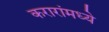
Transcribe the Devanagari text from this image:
करारांमध्ये